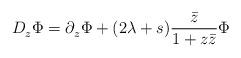
LaTeX: \begin{align*}D_z^{}\Phi=\partial_z^{}\Phi+(2\lambda+s)\frac{\bar{z}}{1+z\bar{z}}\Phi\end{align*}